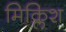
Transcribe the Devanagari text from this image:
मिक्लिश